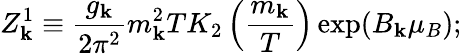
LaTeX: Z_{\mathbf{k}}^{1}\equiv{\frac{{g_{\mathbf{k}}}}{{2\pi^{2}}}}m_{\mathbf{k}}^{2}TK_{2}\left({\frac{{m_{\mathbf{k}}}}{{T}}}\right)\exp(B_{\mathbf{k}}\mu_{B});